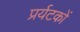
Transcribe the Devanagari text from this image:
प्रर्यटकों